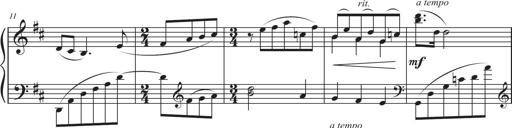
Title: Sonatina in D major
Composer: Shota Saitoh
Key: D major